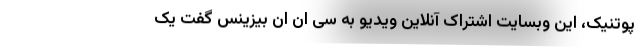
پوتنیک، این وبسایت اشتراک آنلاین ویدیو به سی ان ان بیزینس گفت یک